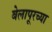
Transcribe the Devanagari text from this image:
बेलापूरच्या